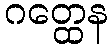
ဂတ္ထေန